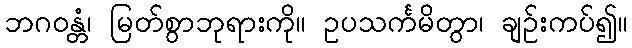
ဘဂဝန္တံ၊ မြတ်စွာဘုရားကို။ ဥပသင်္ကမိတွာ၊ ချဉ်းကပ်၍။